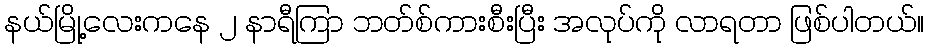
နယ်မြို့လေးကနေ ၂ နာရီကြာ ဘတ်စ်ကားစီးပြီး အလုပ်ကို လာရတာ ဖြစ်ပါတယ်။